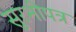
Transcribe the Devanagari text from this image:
सुरभीपत्र